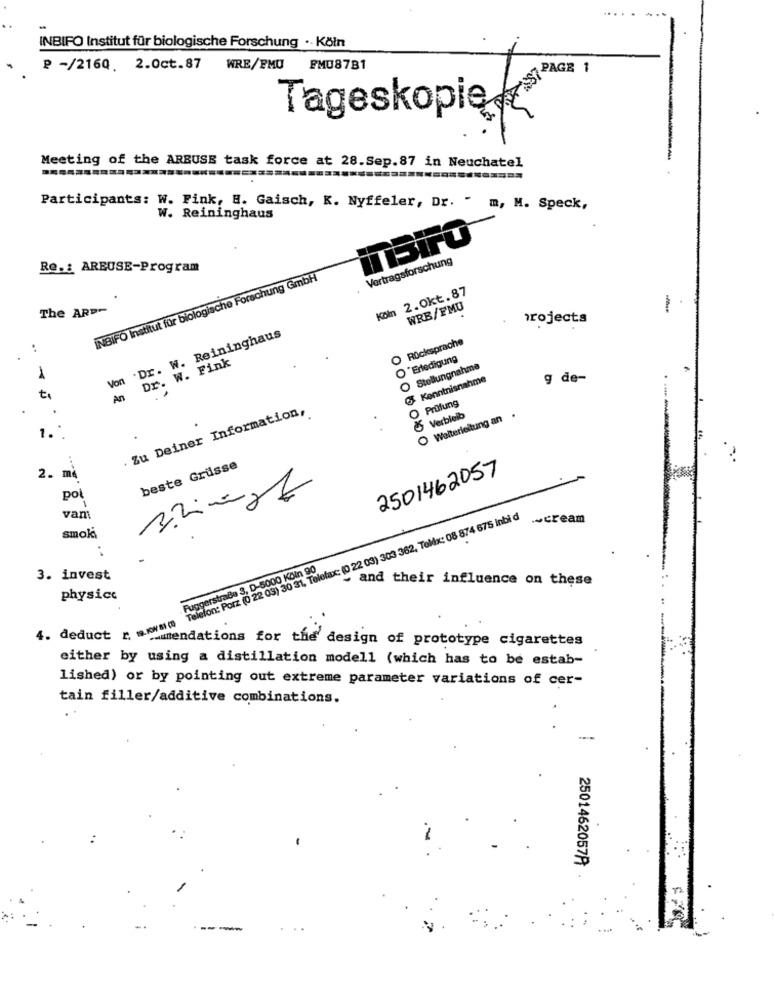
INBIFO Institut für biologische Forschung ·. Köln
₽ -/2160. 2.0ct.87 WRE/FMU FM08781
Tageskopię 13.
Meeting of the ARBUSE task force at 28.Sep.87 in Neuchatel
Participants: W. Pink, H. Gaisch, K. Nyffeler, Dr. " m, M. Speck,
W. Reininghaus
SiFO
Vertragsforschung
Re .: AREUSE-Program
INBIFO Institut für biologische Forschung GmbH
Köln 2.Okt.87
The ARD-
WRB/FMU
1
projects
Von Dr. W. Reininghaus
O Rücksprache
Dr. W. Fink
Erledigung
Stellungnahme
1
Kenntnisnahme
g de-
An
Prüfung
. Zu Deiner Information,
Verbleib
Weiterleitung an
1."
2. må
beste Grüsse
2501462057
poi
vam
Telefon: Porz (0 22 03) 30 31, Telefax: (0 22 03) 303 362, Telx: 08 874 675 Inbi d
.- cream
smok
Fuggerstraße 3, D-5000 Köln 90
3. invest
and their influence on these
physics
4. deduct r. s.mowMo
hautendations for the design of prototype cigarettes
either by using a distillation modell (which has to be estab-
lished) or by pointing out extreme parameter variations of cer-
tain filler/additive combinations.
2501462057A